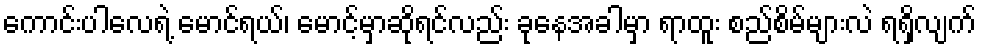
ကောင်းပါလေရဲ့ မောင်ရယ်၊ မောင့်မှာဆိုရင်လည်း ခုနေအခါမှာ ရာထူး စည်စိမ်များလဲ ရရှိလျက်